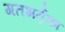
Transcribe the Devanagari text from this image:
गतभर्तृका